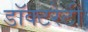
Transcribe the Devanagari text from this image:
डॉक्टरेटी